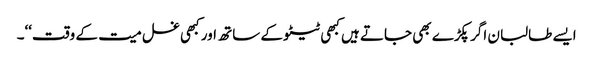
ایسے طالبان اگر پکڑے بھی جاتے ہیں کبھی ٹیٹو کے ساتھ اور کبھی غسل میت کے وقت‘‘۔